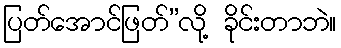
ပြတ်အောင်ဖြတ်”လို့ ခိုင်းတာဘဲ။